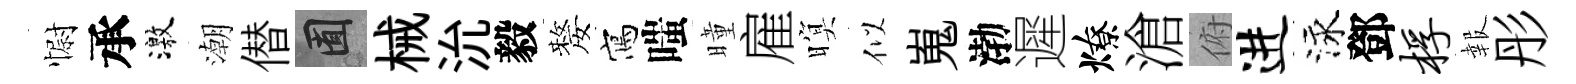
𢠢承激潮僣囿械沇毅嫠寫嗤曈雇暝似嵬渤遲燎滄俯进泳鄧桴報彤